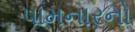
પામનારનો